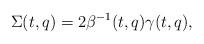
LaTeX: \begin{align*} \Sigma(t,q)=2\beta^{-1}(t,q)\gamma(t,q),\end{align*}